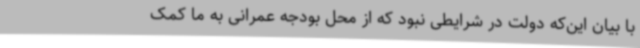
با بیان این‌که دولت در شرایطی نبود که از محل بودجه عمرانی به ما کمک